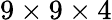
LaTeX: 9\times 9\times 4